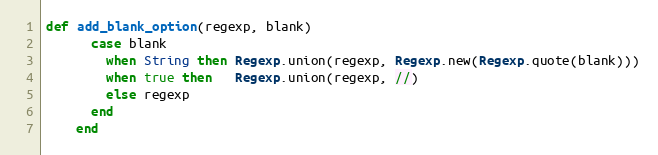
Language: Ruby
def add_blank_option(regexp, blank)
      case blank
        when String then Regexp.union(regexp, Regexp.new(Regexp.quote(blank)))
        when true then   Regexp.union(regexp, //)
        else regexp
      end
    end